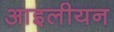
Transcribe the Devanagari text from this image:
आइलीयन